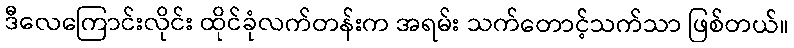
ဒီလေကြောင်းလိုင်း ထိုင်ခုံလက်တန်းက အရမ်း သက်တောင့်သက်သာ ဖြစ်တယ်။